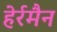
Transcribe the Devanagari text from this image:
हेर्रमैन